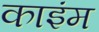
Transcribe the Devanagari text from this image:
काइंम